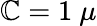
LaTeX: \mathbb{C}=1~\mu